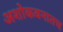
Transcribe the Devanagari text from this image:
अशोकवनातच